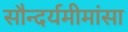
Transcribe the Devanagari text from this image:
सौन्दर्यमीमांसा